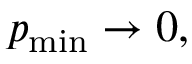
p _ { \operatorname* { m i n } } \rightarrow 0 ,